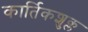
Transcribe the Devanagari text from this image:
कार्तिकशुक्ल